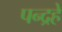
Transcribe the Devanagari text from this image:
पन्द्रहे